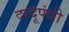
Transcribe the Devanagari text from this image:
दादूपंथी